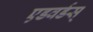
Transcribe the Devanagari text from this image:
एडवर्डस्‌